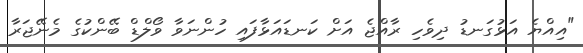
"އިއްޔެ އަޅުގަނޑު ދިވެހި ރާއްޖެ އަށް ކަނޑައަޅާފައި ހުންނަވާ ވޯލްޑް ބޭންކުގެ މެނޭޖަރާ